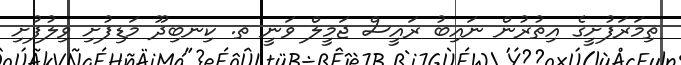
ތިމަރަފުށީގެ އިތުރުން ނައިބު ރައީސް ޖަމީލް ވަނީ ތ. ކިނބިދޫ މަޑިފުށި ވިލުފުށި